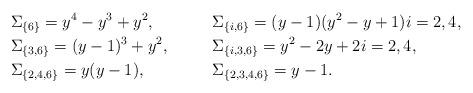
LaTeX: \begin{align*}&\Sigma_{\{6\}} = y^4 - y^3 + y^2, &&\Sigma_{\{i, 6\}} = (y-1)(y^2 - y + 1) i = 2, 4, \\&\Sigma_{\{3, 6\}} = (y-1)^3 + y^2, &&\Sigma_{\{i, 3, 6\}} = y^2 - 2y + 2 i = 2, 4, \\&\Sigma_{\{2, 4, 6\}} = y(y-1), &&\Sigma_{\{2, 3, 4, 6\}} = y - 1.\end{align*}